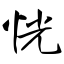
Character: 恍